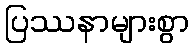
ပြဿနာများစွာ